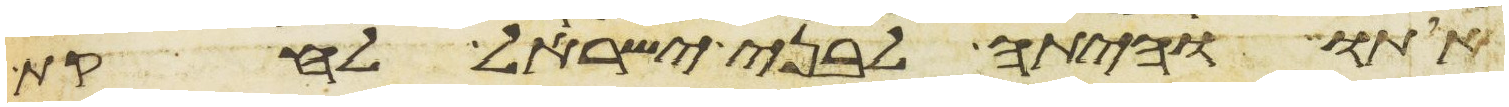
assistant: אתו והיתה לבני ישראל לחקת